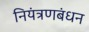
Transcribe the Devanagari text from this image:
नियंत्रणबंधन